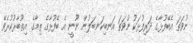
ނުވަތަ އެބޭފުޅާގެ ދަރިފުޅަކު ނުވަތަ އަނބިކަނބަލުން ނޫނީ އެ ބޭފުޅާގެ ތިމާގެ އިތުބާރުކުރެވޭ